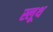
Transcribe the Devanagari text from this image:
स्लूथ